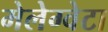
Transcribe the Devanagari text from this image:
मेलेग्वेटा